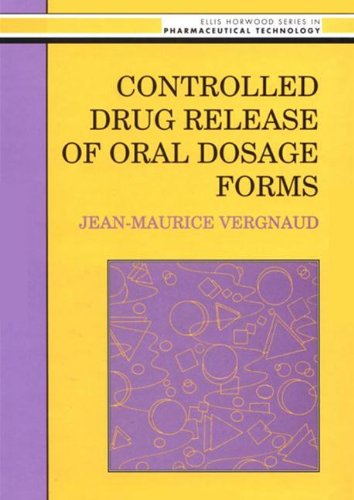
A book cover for Controlled Drug Release Of Oral Dosage Forms (Ellis Horwood Series in Water and Wastewater Technology); Jean-Maurice Vergnaud; Medical Books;